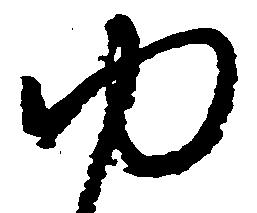
ゆ